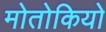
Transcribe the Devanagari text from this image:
मोतोकियो